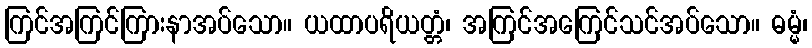
ကြင်အကြင်ကြားနာအပ်သော။ ယထာပရိယတ္တံ၊ အကြင်အကြေင်သင်အပ်သော။ ဓမ္မံ၊